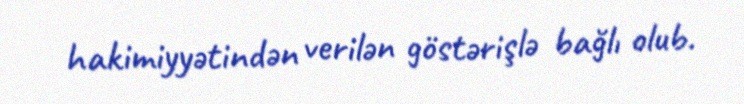
hakimiyyətindən verilən göstərişlə bağlı olub.